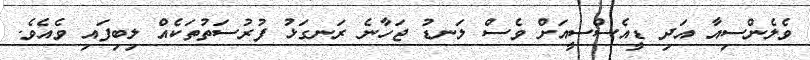
ވެލެންސިއާ އަދި ޑީއެސްސީއަށް ވެސް ލަނޑު ޖަހާނެ ރަނގަޅު ފުރުސަތުތަކެއް ލިބިފައި ވެއެވެ.